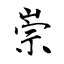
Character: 祟